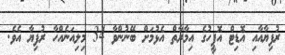
ރުފިޔާއާއި އޮޑިޓް އޮފީހުގެ އިމާރާތް އެޅުމަށް ބޭނުންވާ 34 މިލިއަނެއްހާ ރުފިޔާ އެެވެ.